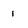
Character: 1